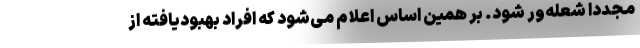
مجددا شعله‌ور شود. بر همین اساس اعلام می‌شود که افراد بهبودیافته از